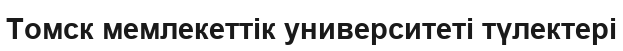
Томск мемлекеттік университеті түлектері